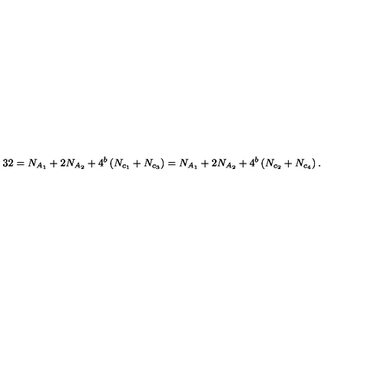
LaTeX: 3 2 = N _ { A _ { 1 } } + 2 N _ { A _ { 2 } } + 4 ^ { b } \left( N _ { c _ { 1 } } + N _ { c _ { 3 } } \right) = N _ { A _ { 1 } } + 2 N _ { A _ { 2 } } + 4 ^ { b } \left( N _ { c _ { 2 } } + N _ { c _ { 4 } } \right) . \nonumber